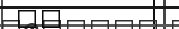
٢٦